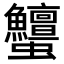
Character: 𧖞